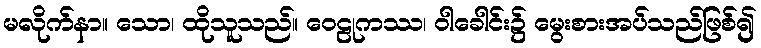
မလိုက်နာ။ သော၊ ထိုသူသည်။ ဝေဠုကဿ၊ ဝါခေါင်း၌ မွေးစားအပ်သည်ဖြစ်၍